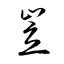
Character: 岦